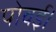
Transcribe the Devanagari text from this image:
पोवई।